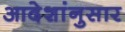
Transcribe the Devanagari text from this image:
आदेशांनुसार